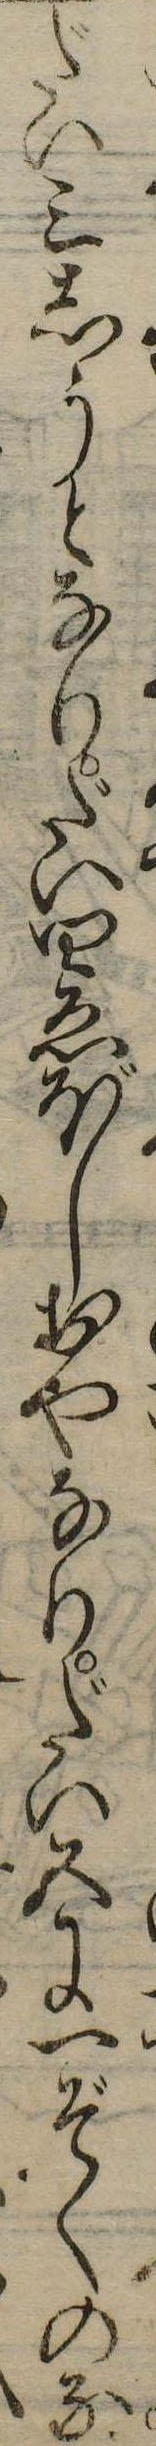
だい三しうとなりだい四ゑぼしおやなりだい五に一ぞくのな